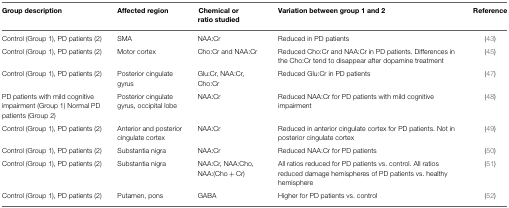
<table><thead><tr><td><b>Group description</b></td><td><b>Affected region</b></td><td><b>Chemical or ratio studied</b></td><td><b>Variation between group 1 and 2</b></td><td><b>Reference</b></td></tr></thead><tbody><tr><td>Control (Group 1), PD patients (2)</td><td>SMA</td><td>NAA:Cr</td><td>Reduced in PD patients</td><td>(43)</td></tr><tr><td>Control (Group 1), PD patients (2)</td><td>Motor cortex</td><td>Cho:Cr and NAA:Cr</td><td>Reduced Cho:Cr and NAA:Cr in PD patients. Differences in the Cho:Cr tend to disappear after dopamine treatment</td><td>(45)</td></tr><tr><td>Control (Group 1), PD patients (2)</td><td>Posterior cingulate gyrus</td><td>Glu:Cr, NAA:Cr, Cho:Cr</td><td>Reduced Glu:Cr in PD patients</td><td>(47)</td></tr><tr><td>PD patients with mild cognitive impairment (Group 1) Normal PD patients (Group 2)</td><td>Posterior cingulate gyrus, occipital lobe</td><td>NAA:Cr</td><td>Reduced NAA:Cr for PD patients with mild cognitive impairment</td><td>(48)</td></tr><tr><td>Control (Group 1), PD patients (2)</td><td>Anterior and posterior cingulate cortex</td><td>NAA:Cr</td><td>Reduced in anterior cingulate cortex for PD patients. Not in posterior cingulate cortex</td><td>(49)</td></tr><tr><td>Control (Group 1), PD patients (2)</td><td>Substantia nigra</td><td>NAA:Cr</td><td>Reduced NAA:Cr for PD patients</td><td>(50)</td></tr><tr><td>Control (Group 1), PD patients (2)</td><td>Substantia nigra</td><td>NAA:Cr, NAA:Cho, NAA:(Cho + Cr)</td><td>All ratios reduced for PD patients vs. control. All ratios reduced damage hemispheres of PD patients vs. healthy hemisphere</td><td>(51)</td></tr><tr><td>Control (Group 1), PD patients (2)</td><td>Putamen, pons</td><td>GABA</td><td>Higher for PD patients vs. control</td><td>(52)</td></tr></tbody></table>